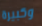
وكبيرة